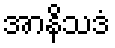
အာနိသဒံ